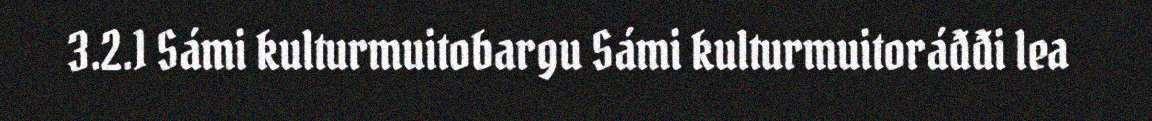
3.2.1 Sámi kulturmuitobargu Sámi kulturmuitoráđđi lea